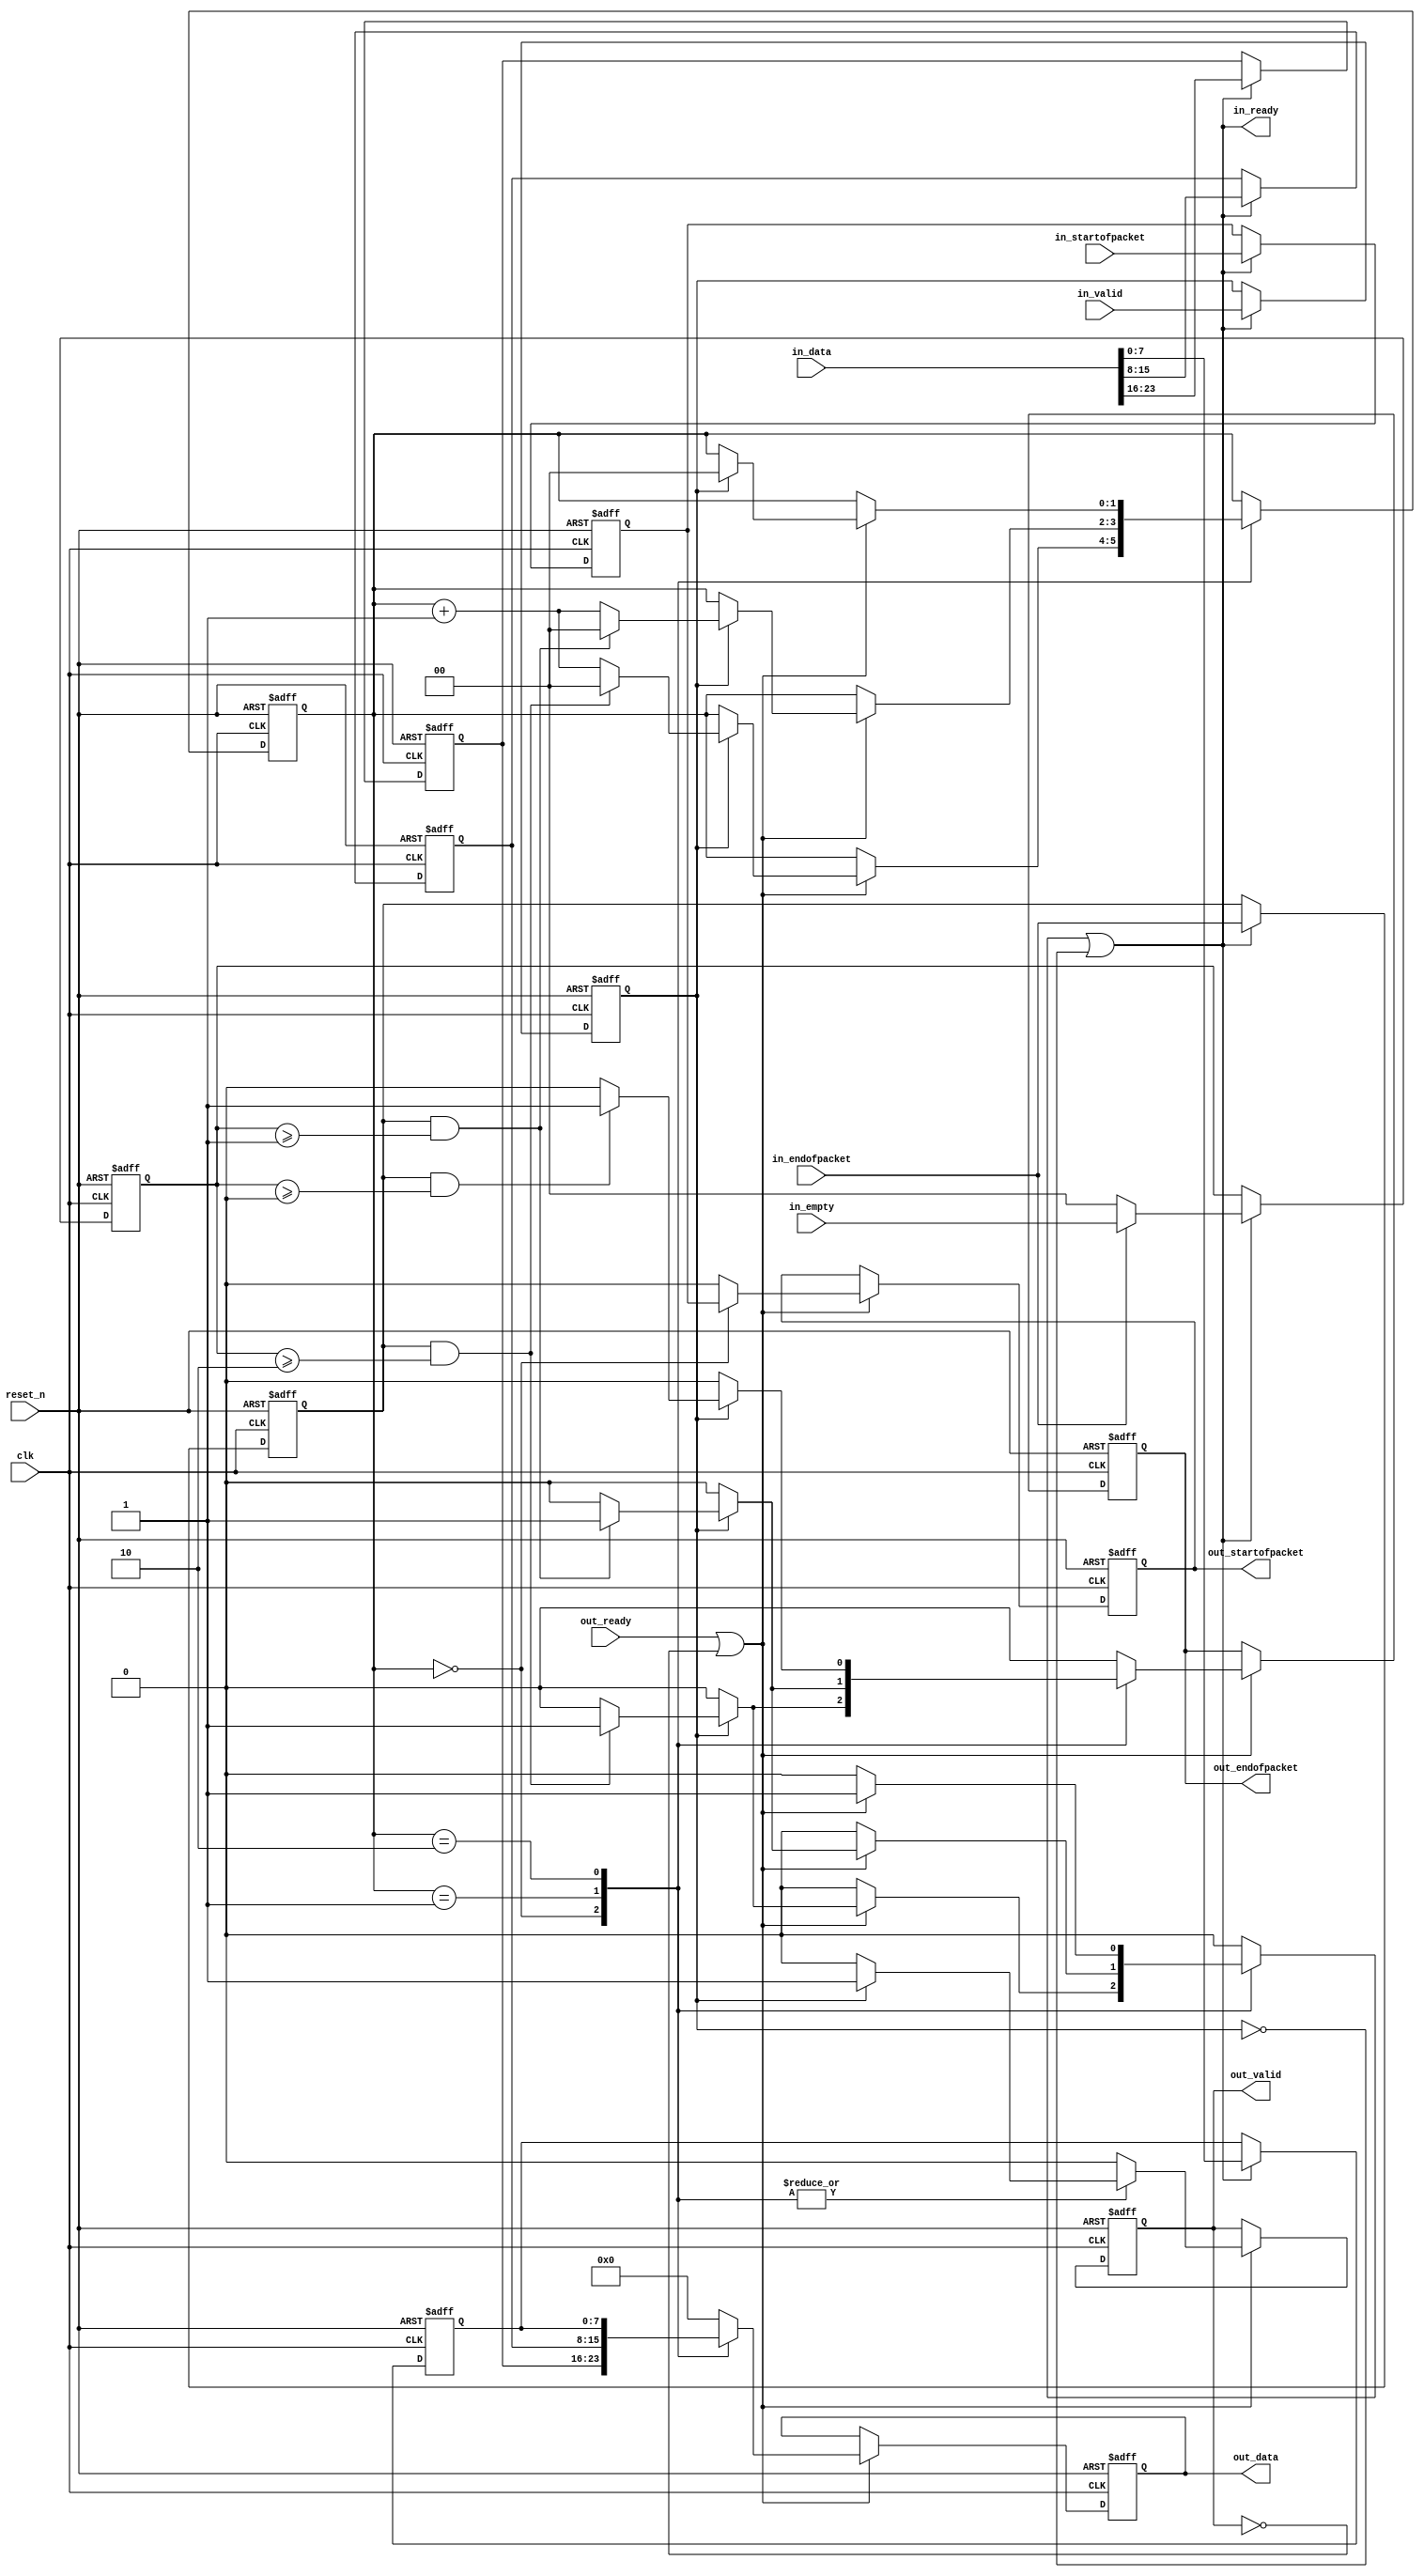
// --------------------------------------------------------------------------------
//| Avalon Streaming Data Format Adapter
// --------------------------------------------------------------------------------

`timescale 1ns / 100ps
module lcd_data_format_adapter (
    
      // Interface: clk
      input              clk,
      // Interface: reset
      input              reset_n,
      // Interface: in
      output reg         in_ready,
      input              in_valid,
      input      [23: 0] in_data,
      input              in_startofpacket,
      input              in_endofpacket,
      input      [ 1: 0] in_empty,
      // Interface: out
      input              out_ready,
      output reg         out_valid,
      output reg [ 7: 0] out_data,
      output reg         out_startofpacket,
      output reg         out_endofpacket
);




   // ---------------------------------------------------------------------
   //| Signal Declarations
   // ---------------------------------------------------------------------
   reg          state_read_addr;

   wire [ 1: 0] state_from_memory;
   reg  [ 1: 0] state;
   reg  [ 1: 0] new_state;
   reg  [ 1: 0] state_d1;
   
   reg          in_ready_d1;
   reg          mem_readaddr;
   reg          mem_readaddr_d1;   

   reg          a_ready;
   reg          a_valid;
   reg          a_channel;
   reg  [ 7: 0] a_data0;
   reg  [ 7: 0] a_data1;
   reg  [ 7: 0] a_data2;
   reg          a_startofpacket;
   reg          a_endofpacket;
   reg  [ 1: 0] a_empty;
   reg          a_error;

   reg          b_ready;
   reg          b_valid;
   reg          b_channel;
   reg  [ 7: 0] b_data;
   reg          b_startofpacket;
   wire         b_startofpacket_wire;
   reg          b_endofpacket;
   reg          b_empty;
   reg          b_error;
   
   reg          mem_write0;
   reg  [ 7: 0] mem_writedata0;   
   wire [ 7: 0] mem_readdata0;
   wire         mem_waitrequest0;      
   reg  [8-1:0] mem0[0:0];
   reg          mem_write1;
   reg  [ 7: 0] mem_writedata1;   
   wire [ 7: 0] mem_readdata1;
   wire         mem_waitrequest1;      
   reg  [8-1:0] mem1[0:0];
   reg          sop_mem_writeenable;
   reg          sop_mem_writedata;
   wire         mem_waitrequest_sop;
   
   wire         state_waitrequest;
   reg          state_waitrequest_d1;

   reg          in_channel = 0;
   reg          out_channel;

   reg          out_empty;

   reg          in_error = 0;
   reg          out_error;   


   reg  [ 1: 0] state_register;
   reg          sop_register;
   reg          error_register;
   reg  [ 7: 0] data0_register;
   reg  [ 7: 0] data1_register;

   // ---------------------------------------------------------------------
   //| Input Register Stage
   // ---------------------------------------------------------------------
   always @(posedge clk or negedge reset_n) begin
      if (!reset_n) begin
         a_valid <= 0;
         a_channel <= 0;
         a_data0 <= 0;
         a_data1 <= 0;
         a_data2 <= 0;
         a_startofpacket <= 0;
         a_endofpacket <= 0;
         a_empty <= 0;                  
         a_error <= 0;
      end else begin
         if (in_ready) begin
            a_valid <= in_valid;
            a_channel <= in_channel;
            a_error <= in_error;
            a_data0 <= in_data[23:16];
            a_data1 <= in_data[15: 8];
            a_data2 <= in_data[ 7: 0];
            a_startofpacket <= in_startofpacket;
            a_endofpacket <= in_endofpacket;
            a_empty <= 0;                  
            if (in_endofpacket)
               a_empty <= in_empty;
         end
      end 
   end

   always @* begin
      state_read_addr = a_channel;
      if (in_ready)
         state_read_addr = in_channel;
   end
   
 
   // ---------------------------------------------------------------------
   //| State & Memory Keepers
   // ---------------------------------------------------------------------
   always @(posedge clk or negedge reset_n) begin
      if (!reset_n) begin
         in_ready_d1 <= 0;
         state_d1 <= 0;
         mem_readaddr_d1 <= 0;
         state_waitrequest_d1 <= 0;
      end else begin
         in_ready_d1 <= in_ready;
         state_d1 <= state;
         mem_readaddr_d1 <= mem_readaddr;
         state_waitrequest_d1 <= state_waitrequest;
      end
   end
   
   always @(posedge clk or negedge reset_n) begin
      if (!reset_n) begin
         state_register <= 0;
         sop_register <= 0;
         data0_register <= 0;
         data1_register <= 0;
      end else begin
         state_register <= new_state;
         if (sop_mem_writeenable)
            sop_register <= sop_mem_writedata;
         if (mem_write0)
            data0_register <= mem_writedata0;
         if (mem_write1)
            data1_register <= mem_writedata1;
      end
   end
   
   assign state_from_memory = state_register;
   assign b_startofpacket_wire = sop_register;
   assign mem_readdata0 = data0_register;
   assign mem_readdata1 = data1_register;
    
   // ---------------------------------------------------------------------
   //| State Machine
   // ---------------------------------------------------------------------
   always @* begin

      
      b_ready = (out_ready || ~out_valid);

      a_ready = 0;
      b_data = 0;
      b_valid = 0;
      b_channel = a_channel;
      b_error = a_error;
      
      state = state_from_memory;
      
      new_state = state;
      mem_write0 = 0;
      mem_writedata0 = a_data0;
      mem_write1 = 0;
      mem_writedata1 = a_data0;
      sop_mem_writeenable = 0;

      b_endofpacket = a_endofpacket;
      
      b_startofpacket = 0;
      
      b_endofpacket = 0;
      b_empty = 0;
       
      case (state)  
         0 : begin
            b_data[ 7: 0] = a_data0;
            b_startofpacket = a_startofpacket;
            if (out_ready || ~out_valid) begin
               if (a_valid) begin
                  b_valid = 1;
                  new_state = state+1'b1;
                     if (a_endofpacket && (a_empty >= 2) ) begin
                        new_state = 0;
                        b_empty = a_empty - 2;
                        b_endofpacket = 1;
                        a_ready = 1;
                     end
                  end
               end
            end
         1 : begin
            b_data[ 7: 0] = a_data1;
            b_startofpacket = 0;
            if (out_ready || ~out_valid) begin
               if (a_valid) begin
                  b_valid = 1;
                  new_state = state+1'b1;
                     if (a_endofpacket && (a_empty >= 1) ) begin
                        new_state = 0;
                        b_empty = a_empty - 1;
                        b_endofpacket = 1;
                        a_ready = 1;
                     end
                  end
               end
            end
         2 : begin
            b_data[ 7: 0] = a_data2;
            b_startofpacket = 0;
            if (out_ready || ~out_valid) begin
            a_ready = 1;
               if (a_valid) begin
                  b_valid = 1;
                  new_state = 0;
                     if (a_endofpacket && (a_empty >= 0) ) begin
                        new_state = 0;
                        b_empty = a_empty - 0;
                        b_endofpacket = 1;
                        a_ready = 1;
                     end
                  end
               end
            end

      endcase

  	    in_ready = (a_ready || ~a_valid);

      mem_readaddr = in_channel;        
      if (~in_ready)
        mem_readaddr = mem_readaddr_d1;

      
      sop_mem_writedata = 0;
      if (a_valid)
         sop_mem_writedata = a_startofpacket;
      if (b_ready && b_valid && b_startofpacket)
        sop_mem_writeenable = 1;

   end


   // ---------------------------------------------------------------------
   //| Output Register Stage
   // ---------------------------------------------------------------------
   always @(posedge clk or negedge reset_n) begin
      if (!reset_n) begin
         out_valid <= 0;
         out_data <= 0;
         out_channel <= 0;
         out_startofpacket <= 0;
         out_endofpacket <= 0;
         out_empty <= 0;
         out_error <= 0;
      end else begin
         if (out_ready || ~out_valid) begin
            out_valid <= b_valid;
            out_data <= b_data;
            out_channel <= b_channel;	
            out_startofpacket <= b_startofpacket;
            out_endofpacket <= b_endofpacket;
            out_empty <= b_empty;
            out_error <= b_error;
         end
      end 
   end
   



endmodule